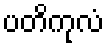
ပတိကုလံ